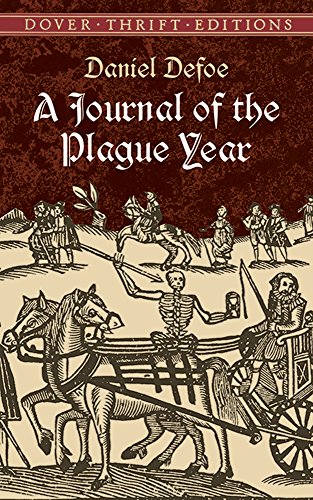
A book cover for A Journal of the Plague Year (Dover Thrift Editions); Daniel Defoe; Literature & Fiction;